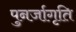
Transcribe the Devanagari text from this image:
पुनर्जागृति